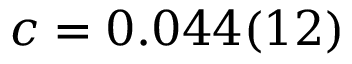
c = 0 . 0 4 4 ( 1 2 )